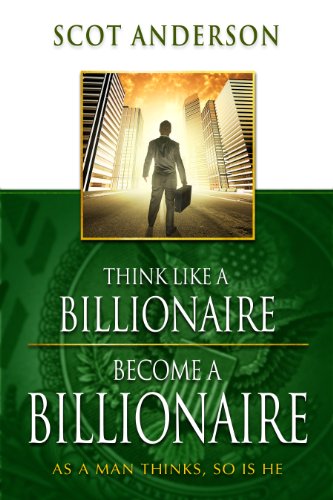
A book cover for Think Like a Billionaire, Become a Billionaire: As a Man Thinks, So Is He; Scot Anderson; Christian Books & Bibles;